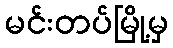
မင်းတပ်မြို့မှ